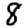
Digit: 8